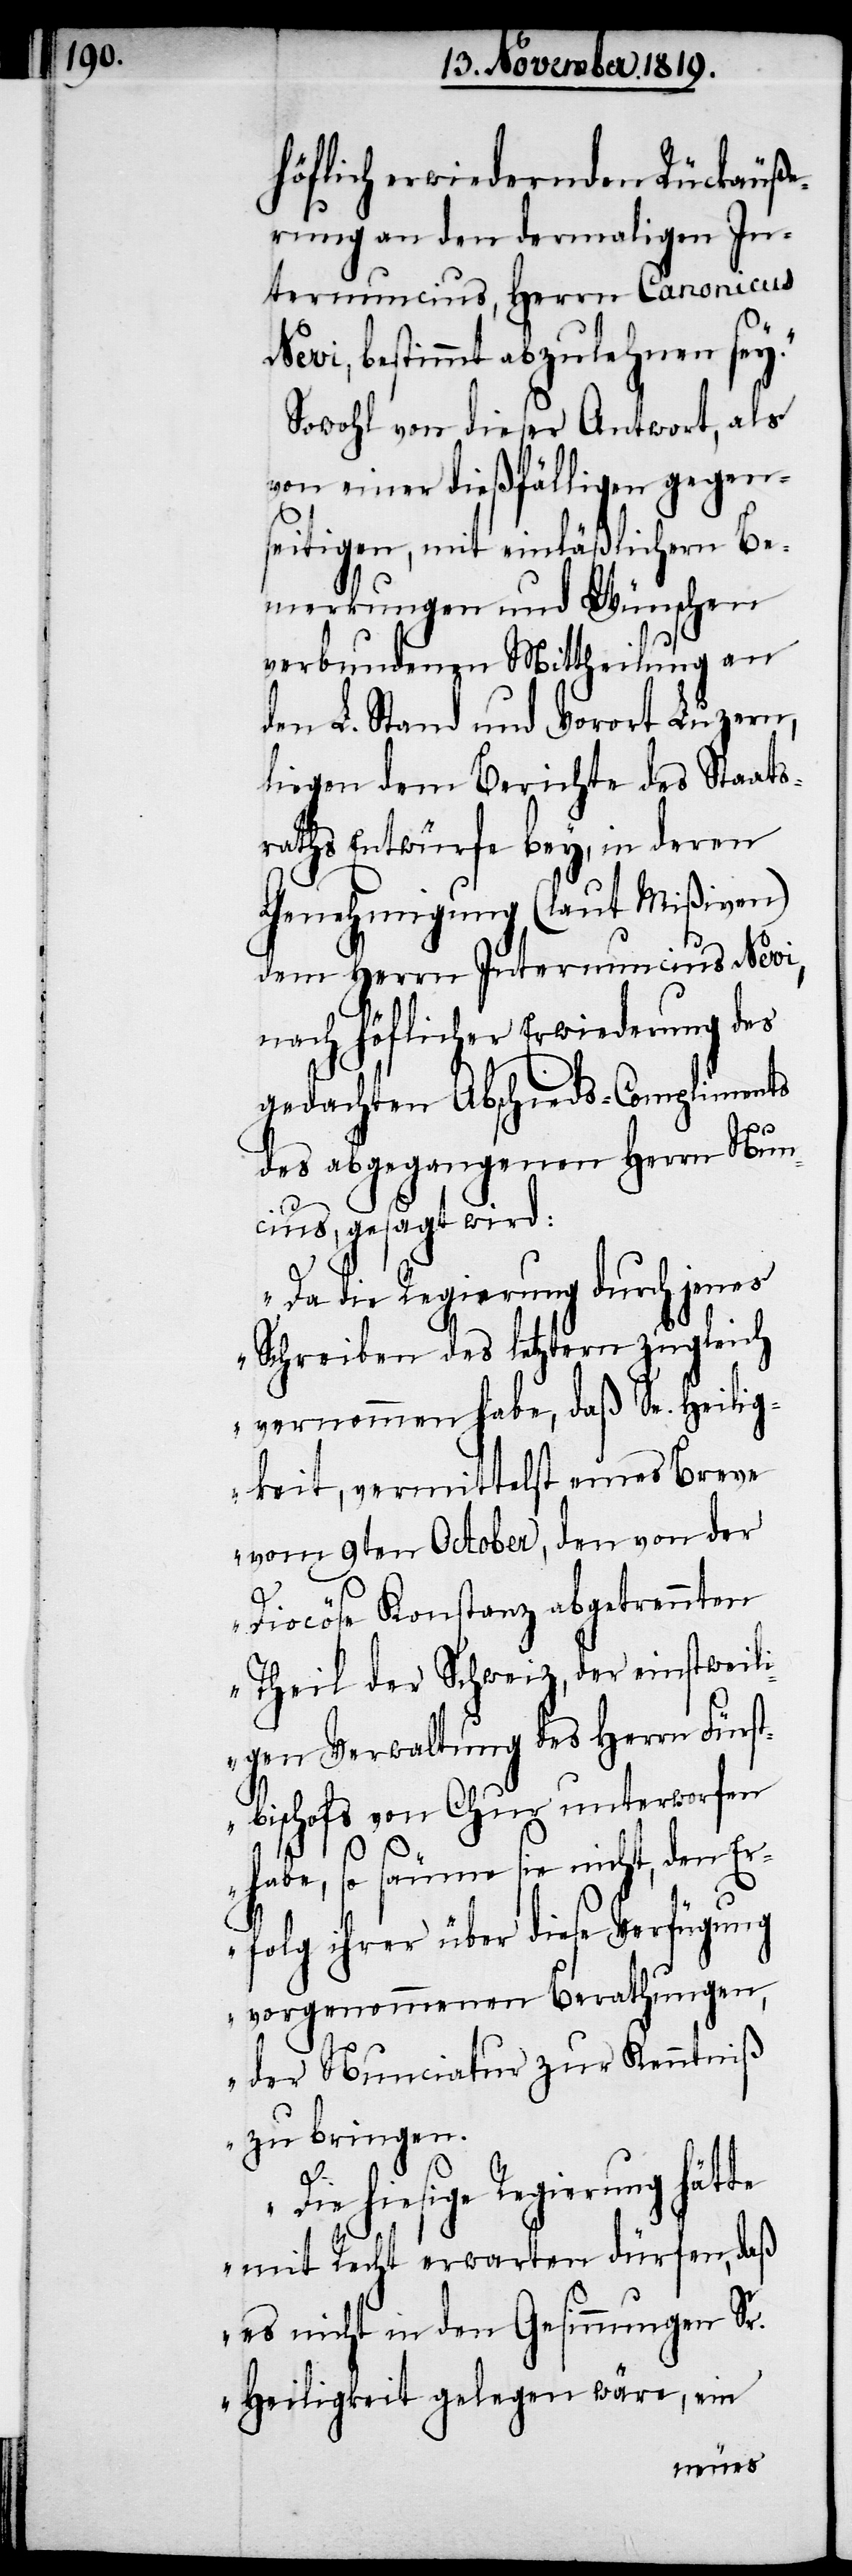
höflich erwiedernden Rückäuße¬
rung an den dermaligen In¬
ternuncius, Herrn Canonicus
Nevi, bestimmt abzulehnen sey.“
Sowohl von dieser Antwort, als
von einer dießfälligen gegen¬
seitigen, mit einläßlichen Be¬
merkungen und Wünschen
verbundenen Mittheilung an
den L. Stand und Vorort Luzern,
liegen dem Berichte des Staats¬
raths Entwürfe bey, in deren
Genehmigung (laut Mißiven)
dem Herrn Internuncius Nevi,
nach höflicher Erwiederung des
gedachten Abschieds-Compliments
des abgegangenen Herrn Nun¬
cius, gesagt wird:
„Da die Regierung durch jenes
Schreiben des letztern zugleich
vernommen habe, daß Se. Heilig¬
keit, vermittelst eines Breve
vom 9ten October, den von der
Diocöse Konstanz abgetrennten
Theil der Schweiz, der einstweil¬
igen Verwaltung des Herrn Fürst¬
bischofs von Chur unterworfen
habe, so säume sie nicht, den Er¬
folg ihrer über diese Verfügung
vorgenommenen Berathungen,
der Nunciuatur zur Kenntniß
zu bringen.
Die hiesige Regierung
mit Recht erwarten dürfen, daß
es nicht in den Gesinnungen Sr.
Heiligkeit gelegen wäre, ein